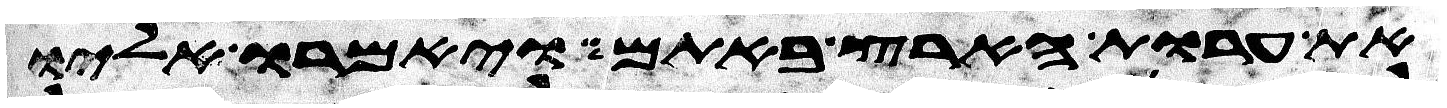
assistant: את ערות הארץ באתם ויאמרו אליו